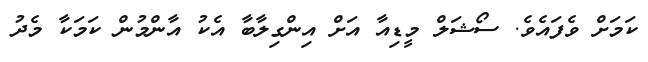
ކަމަށް ވެފައެވެ. ސޯޝަލް މީޑިއާ އަށް އިންގިލާބާ އެކު އާންމުން ކަމަކާ މެދު